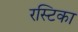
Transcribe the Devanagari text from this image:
रस्टिका